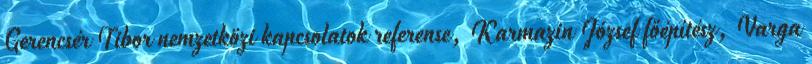
Gerencsér Tibor nemzetközi kapcsolatok referense, Karmazin József főépítész, Varga